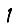
Digit: 1